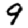
Digit: 9